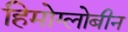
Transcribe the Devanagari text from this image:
हिमोग्लोबीन